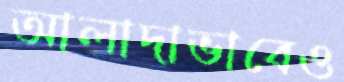
আলাদাভাবেও